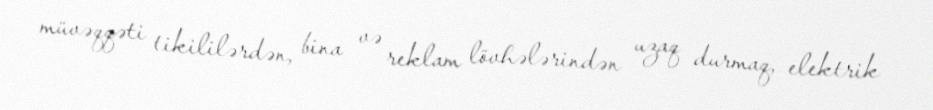
müvəqqəti tikililərdən, bina və reklam lövhələrindən uzaq durmaq, elektrik